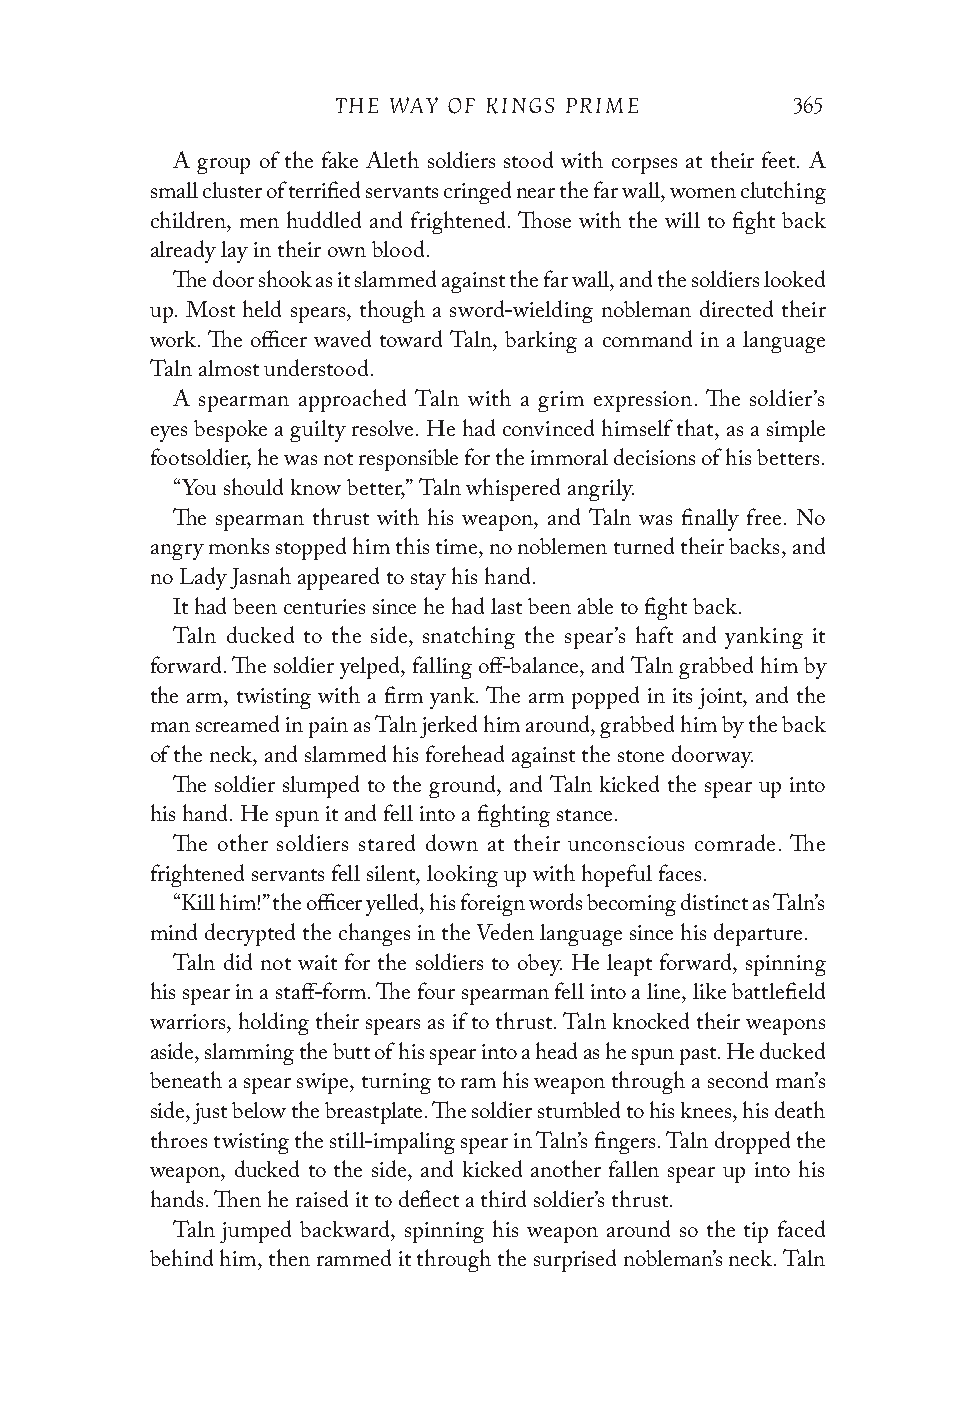
THE WAY OF KINGS PRIME        365
 A group of the fake Aleth soldiers stood with corpses at their feet. A
 small cluster of terrified servants cringed near the far wall, women clutching
 children, men huddled and frightened. Those with the will to fight back
 already lay in their own blood.
 The door shook as it slammed against the far wall, and the soldiers looked
 up. Most held spears, though a sword-wielding nobleman directed their
 work. The officer waved toward Taln, barking a command in a language
 Taln almost understood.
 A spearman approached Taln with a grim expression. The soldier’s
 eyes bespoke a guilty resolve. He had convinced himself that, as a simple
 footsoldier, he was not responsible for the immoral decisions of his betters.
 “You should know better,” Taln whispered angrily.
 The spearman thrust with his weapon, and Taln was finally free. No
 angry monks stopped him this time, no noblemen turned their backs, and
 no Lady Jasnah appeared to stay his hand.
 It had been centuries since he had last been able to fight back.
 Taln ducked to the side, snatching the spear’s haft and yanking it
 forward. The soldier yelped, falling off-balance, and Taln grabbed him by
 the arm, twisting with a firm yank. The arm popped in its joint, and the
 man screamed in pain as Taln jerked him around, grabbed him by the back
 of the neck, and slammed his forehead against the stone doorway.
 The soldier slumped to the ground, and Taln kicked the spear up into
 his hand. He spun it and fell into a fighting stance.
 The other soldiers stared down at their unconscious comrade. The
 frightened servants fell silent, looking up with hopeful faces.
 “Kill him!” the officer yelled, his foreign words becoming distinct as Taln’s
 mind decrypted the changes in the Veden language since his departure.
 Taln did not wait for the soldiers to obey. He leapt forward, spinning
 his spear in a staff-form. The four spearman fell into a line, like battlefield
 warriors, holding their spears as if to thrust. Taln knocked their weapons
 aside, slamming the butt of his spear into a head as he spun past. He ducked
 beneath a spear swipe, turning to ram his weapon through a second man’s
 side, just below the breastplate. The soldier stumbled to his knees, his death
 throes twisting the still-impaling spear in Taln’s fingers. Taln dropped the
 weapon, ducked to the side, and kicked another fallen spear up into his
 hands. Then he raised it to deflect a third soldier’s thrust.
 Taln jumped backward, spinning his weapon around so the tip faced
 behind him, then rammed it through the surprised nobleman’s neck. Taln